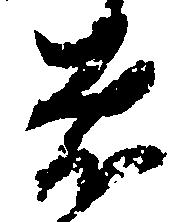
者